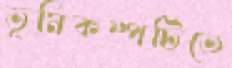
ভূমিকম্পটিতে